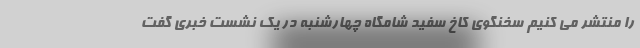
را منتشر می کنیم سخنگوی کاخ سفید شامگاه چهارشنبه در یک نشست خبری گفت